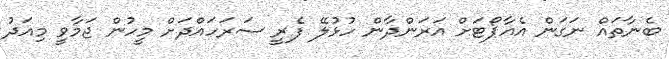
ބެނާތައް ނަގަން އެއާޕޯޓަށް އަރަންދާން ހުޅުލޭ ފެރީ ސަރަހައްދަށް މީހުން ޖަމާވީ މިއަދު